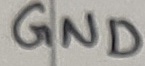
Text: GND